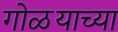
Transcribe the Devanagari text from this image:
गोळयाच्या